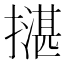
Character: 𢵺